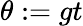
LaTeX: \theta:=gt